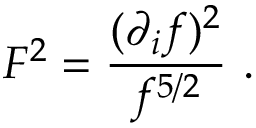
F ^ { 2 } = { \frac { ( \partial _ { i } f ) ^ { 2 } } { f ^ { 5 / 2 } } } \ .